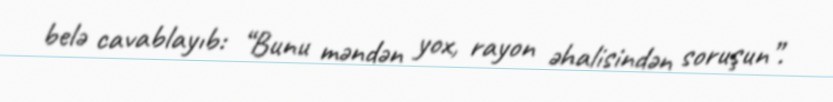
belə cavablayıb: “Bunu məndən yox, rayon əhalisindən soruşun”.